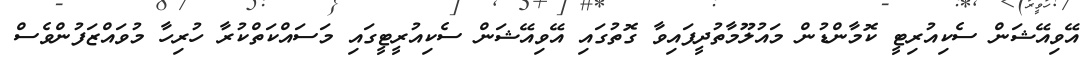
އޭވިއޭޝަން ސެކިއުރިޓީ ކޮމާންޑުން މައުލޫމާތުދީފައިވާ ގޮތުގައި އޭވިއޭޝަން ސެކިއުރީޓީގައި މަސައްކަތްކުރާ ހުރިހާ މުވައްޒަފުންވެސް